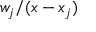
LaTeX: w _ { j } / ( x - x _ { j } )